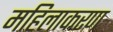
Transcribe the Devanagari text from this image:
महिलाकरण